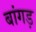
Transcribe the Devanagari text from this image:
बांगड़